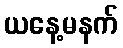
ယနေ့မနက်